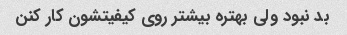
بد نبود ولی بهتره بیشتر روی کیفیتشون کار کنن